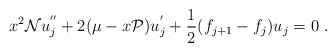
\begin{align*}x^2 {\cal N} u_j^{''} + 2(\mu - x{\cal P}) u_j^{'} + \frac{1}{2} (f_{j+1} - f_j) u_j = 0\ . \end{align*}